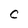
Character: C